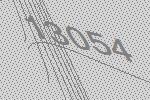
13054